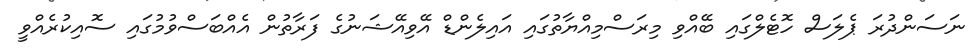
ނަސަންދުރަ ޕެލަސް ހޮޓެލްގައި ބޭއްވި މިރަސްމިއްޔާތުގައި އައިލެންޑް އޭވިއޭޝަނުގެ ފަރާތުން އެއްބަސްވުމުގައި ސޮއިކުރެއްވީ